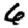
Digit: 6